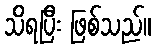
သိရပြီး ဖြစ်သည်။